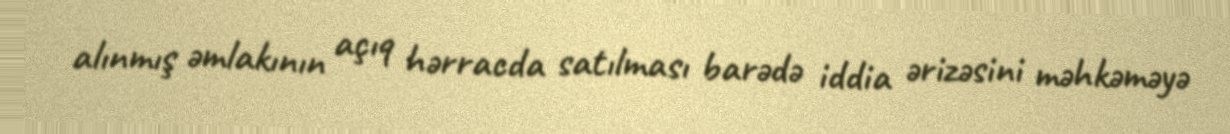
alınmış əmlakının açıq hərracda satılması barədə iddia ərizəsini məhkəməyə